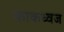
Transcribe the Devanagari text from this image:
काकध्वज